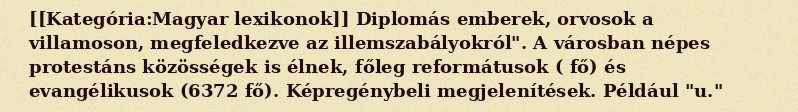
[[Kategória:Magyar lexikonok]] Diplomás emberek, orvosok a villamoson, megfeledkezve az illemszabályokról". A városban népes protestáns közösségek is élnek, főleg reformátusok ( fő) és evangélikusok (6372 fő). Képregénybeli megjelenítések. Például "u."